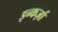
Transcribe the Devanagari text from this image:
इन्कर्ज़ा